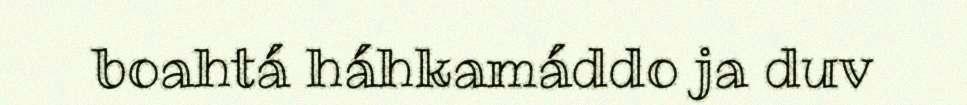
boahtá háhkamáddo ja duv